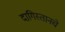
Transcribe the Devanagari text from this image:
दागिस्तानचे